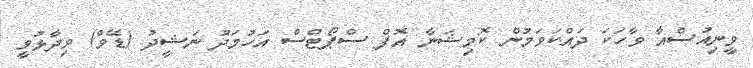
ވީނިއުސްއާ ވާހަކަ ދައްކަވަމުން ކޮމިޝަނާ އޮފް ސްޕޯޓްސް އަހުމަދު ނަޝީދު (ޑޭވް) ވިދާޅުވީ